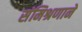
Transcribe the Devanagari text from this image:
संमिश्रणाने